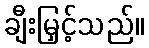
ချီးမြှင့်သည်။